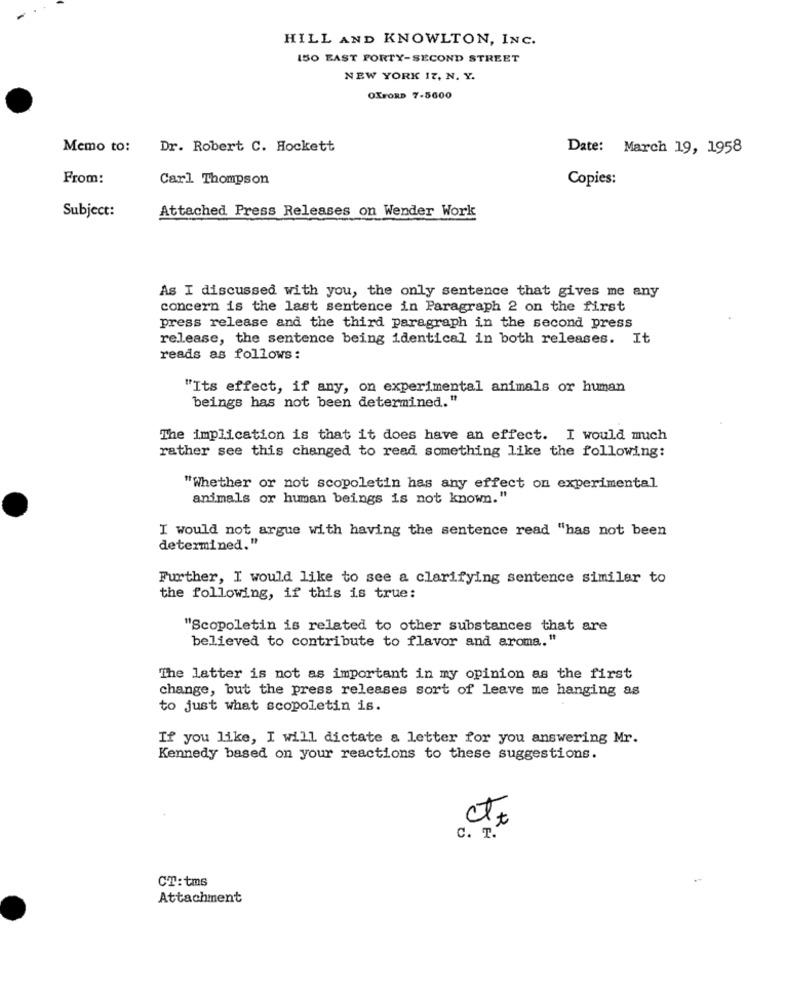
HILL AND KNOWLTON, INC.
150 EAST FORTY-SECOND STREET
NEW YORK 17, N. Y.
OXFORD 7-5600
Memo to:
Dr. Robert C. Hockett
Date: March 19, 1958
From:
Carl Thompson
Copies:
Attached Press Releases on Wender Work
Subject:
As I discussed with you, the only sentence that gives me any
concern is the last sentence in Paragraph 2 on the first
press release and the third paragraph in the second press
release, the sentence being identical in both releases. It
reads as follows:
"Its effect, if any, on experimental animals or human
beings has not been determined."
The implication is that it does have an effect. I would much
rather see this changed to read something like the following:
"Whether or not scopoletin has any effect on experimental
animals or human beings is not known."
I would not argue with having the sentence read "has not been
determined."
Further, I would like to see a clarifying sentence similar to
the following, if this is true:
"Scopoletin is related to other substances that are
believed to contribute to flavor and aroma."
The latter is not as important in my opinion as the first
change, but the press releases sort of leave me hanging as
to just what scopoletin is.
If you like, I will dictate a letter for you answering Mr.
Kennedy based on your reactions to these suggestions.
ct+
C. T.
CT:tms
Attachment